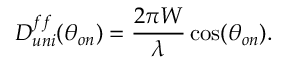
D _ { u n i } ^ { f f } ( \theta _ { o n } ) = \frac { 2 \pi W } { \lambda } \cos ( \theta _ { o n } ) .